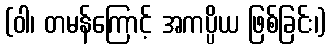
(ဝါ၊ တမန်ကြောင့် အကပ္ပိယ ဖြစ်ခြင်း၊)